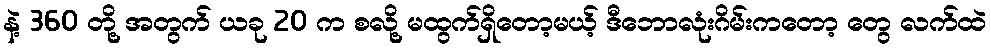
နဲ့ 360 တို့ အတွက် ယခု 20 က စလို့ မထွက်ရှိတော့မယ့် ဒီဘောလုံးဂိမ်းကတော့ တွေ လက်ထဲ